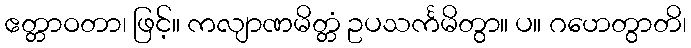
ဧတ္တာဝတာ၊ ဖြင့်။ ကလျာဏမိတ္တံ ဥပသင်္ကမိတွာ။ ပ။ ဂဟေတွာတိ၊